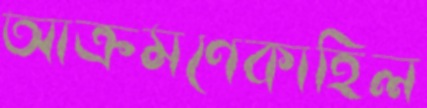
আক্রমণেকাহিল